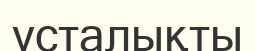
ұсталықты